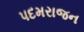
પદમરાજન